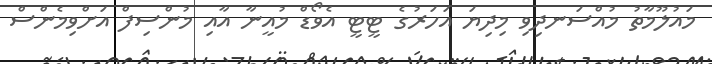
މައުލޫމާތު މުއްސަނދިވި މިދިޔަ އަހަރުގެ ޓީޓީ އެވޯޑް މުއީނާ އާއި މުންސިފް އަށްވިމެންސް